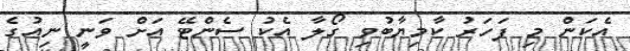
އެކަން މި ފަހަރު ކާމިޔާބުވި ގޯލާ އެކު ސެންޓޭ އަށް ވަނީ ނިއުގެ